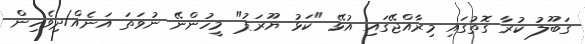
ގަބޫލު ކުރާ ގޮތުގައި މިރާއްޖޭގައި އުޅޭ "ކަޅު ޔޫރަޕު" މީހުންނޭ ނުވަތަ އަނެއް/ދިވެހިން